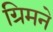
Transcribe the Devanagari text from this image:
ग्रिमने